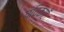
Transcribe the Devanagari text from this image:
पंचिकाएँ